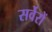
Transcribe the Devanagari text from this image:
सर्वेरों